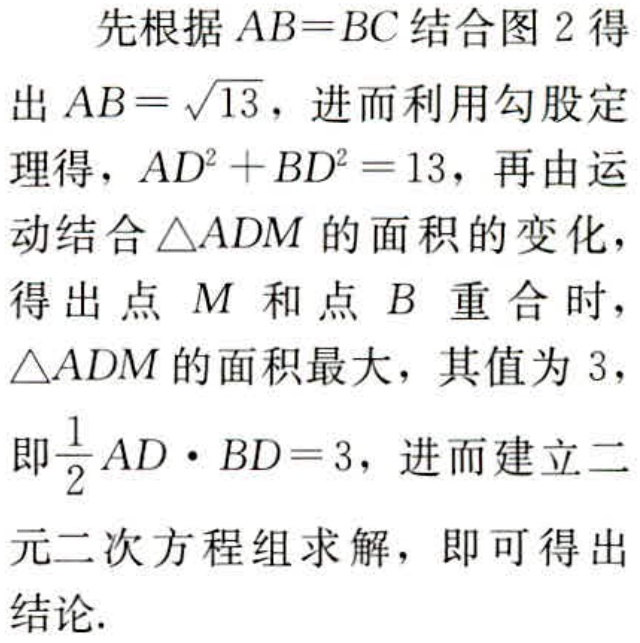
先根据 \(AB = BC\) 结合图 2 得出 \(AB=\sqrt{13}\)，进而利用勾股定理得，\(AD^{2}+BD^{2}=13\)，再由运动结合 \(\triangle ADM\) 的面积的变化，得出点 \(M\) 和点 \(B\) 重合时，\(\triangle ADM\) 的面积最大，其值为 3，即\(\frac{1}{2}AD\cdot BD = 3\)，进而建立二元二次方程组求解，即可得出结论.